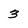
Character: 3